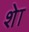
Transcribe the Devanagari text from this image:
शेा